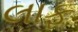
લાફ